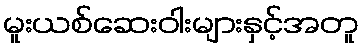
မူးယစ်ဆေးဝါးများနှင့်အတူ